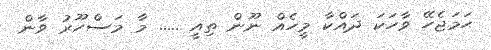
ޙަމަޖެހޭ ވާހަކަ ދައްކާ މީހެއް ނޫން ތިއީ ..... މާ މަސްހޫރު ވާން